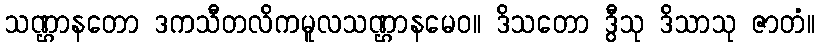
သဏ္ဌာနတော ဒကသီတလိကမူလသဏ္ဌာနမေဝ။ ဒိသတော ဒွီသု ဒိသာသု ဇာတံ။